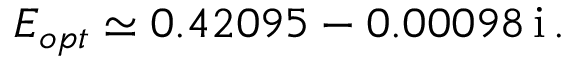
E _ { o p t } \simeq 0 . 4 2 0 9 5 - 0 . 0 0 0 9 8 \, \mathrm { i } \, .